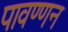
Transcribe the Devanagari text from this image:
पावण्णन